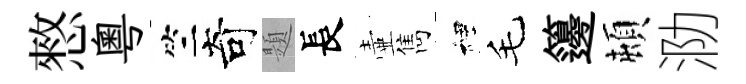
憗粤竺奇題長壷雋裡毛籩頓泐